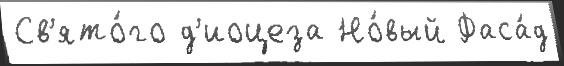
Св'ято́го д'иоцеза Но́вый Фаса́д